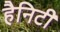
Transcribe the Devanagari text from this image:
हैनिटी